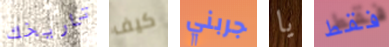
تاريخك كيف جربني يا فقط